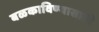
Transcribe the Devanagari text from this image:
बळकाविण्यासाठी